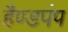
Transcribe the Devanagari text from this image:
हैण्डपंप